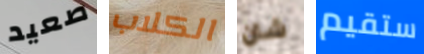
صعيد الكلاب شان ستقيم